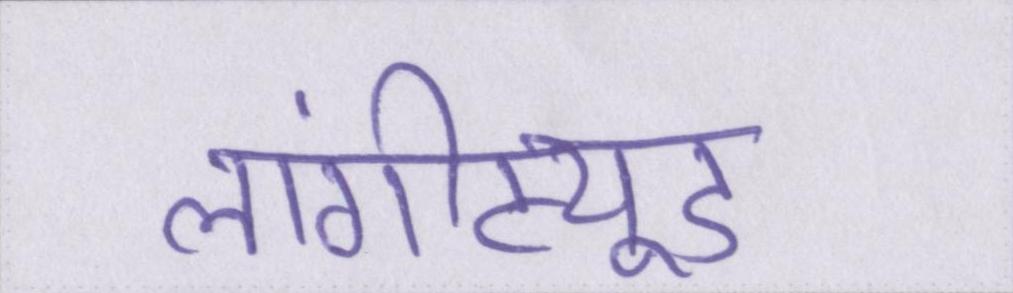
लांगीट्यूड